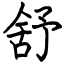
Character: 舒